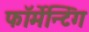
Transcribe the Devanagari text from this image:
फॉर्मेन्टिंग